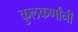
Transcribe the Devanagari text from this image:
कुलकर्णांनी